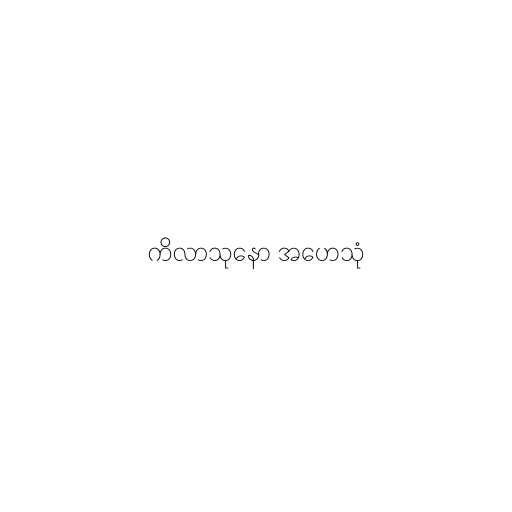
ကိလာသုနော အဟေသုံ